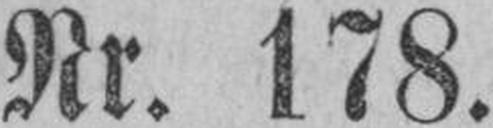
Nr. 178.